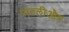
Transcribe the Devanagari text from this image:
पातलीऔत्र